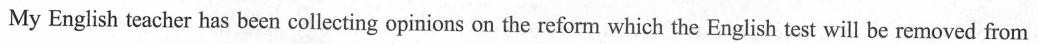
My English teacher has been collecting opinions on the reform which the English test will be removed from